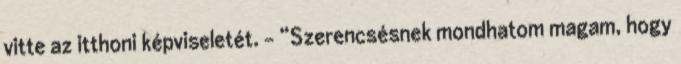
vitte az itthoni képviseletét. – “Szerencsésnek mondhatom magam, hogy